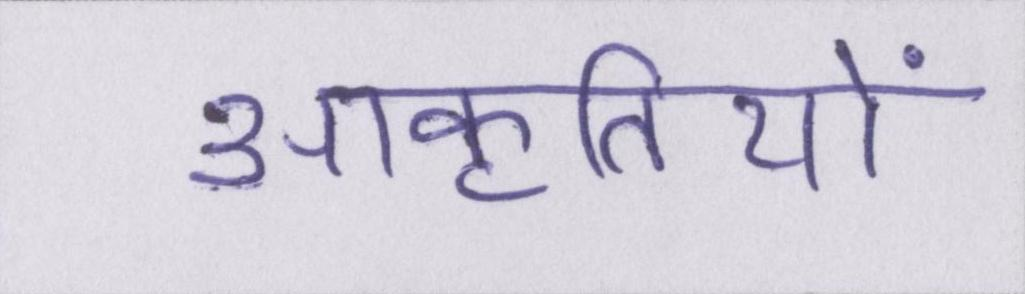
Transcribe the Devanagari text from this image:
आकृतियों